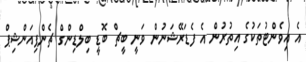
އެ އިވެންޓުތަކުގެ އިތުރުން އެ ފެޑަރޭޝަނުން ވަނީ ބީޗް ބޮޑީ ބިލްޑިންގް ޗެންޕިއަންޝިޕް